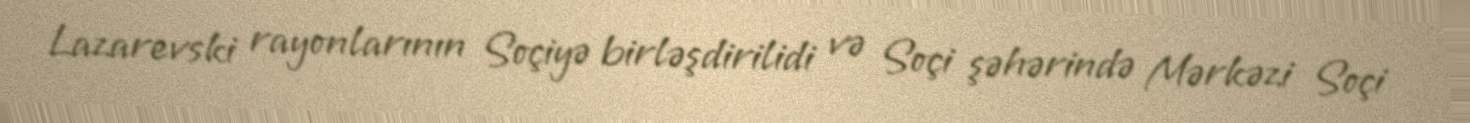
Lazarevski rayonlarının Soçiyə birləşdirilidi və Soçi şəhərində Mərkəzi Soçi